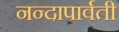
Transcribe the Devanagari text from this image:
नन्दापार्वती